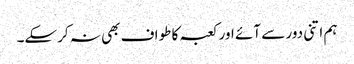
ہم اتنی دور سے آئے اور کعبہ کا طواف بھی نہ کرسکے۔